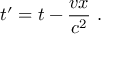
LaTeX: t ^ { \prime } = t - { \frac { v x } { c ^ { 2 } } } \ .